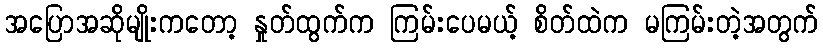
အပြောအဆိုမျိုးကတော့ နှုတ်ထွက်က ကြမ်းပေမယ့် စိတ်ထဲက မကြမ်းတဲ့အတွက်